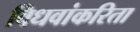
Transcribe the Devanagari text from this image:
विधवांकरिता